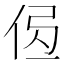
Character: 𰂄